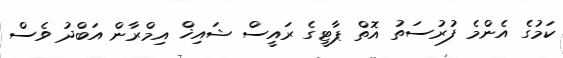
ކަމުގެ އެންމެ ފުރުސަތު އޮތް ޕާޓީގެ ރައީސް ޝައިޚް އިމްރާން އަބްދު ވެސް